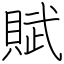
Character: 賦